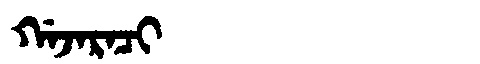
Manchu: ᡤᠠᠵᠠᡵᠠᠴᡳ
Romanization: GAJARACI